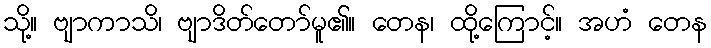
သို့။ ဗျာကာသိ၊ ဗျာဒိတ်တော်မူ၏။ တေန၊ ထို့ကြောင့်။ အဟံ တေန